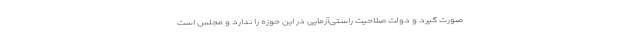
صورت گیرد و دولت صلاحیت راستی‌آزمایی در این حوزه را ندارد و مجلس است